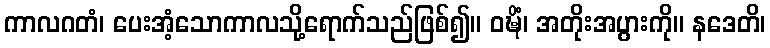
ကာလဂတံ၊ ပေးအံ့သောကာလသို့ရောက်သည်ဖြစ်၍။ ဝဍ္ဎိံ၊ အတိုးအပွားကို။ နဒေတိ၊